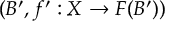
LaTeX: ( B ^ { \prime } , f ^ { \prime } : X \to F ( B ^ { \prime } ) )